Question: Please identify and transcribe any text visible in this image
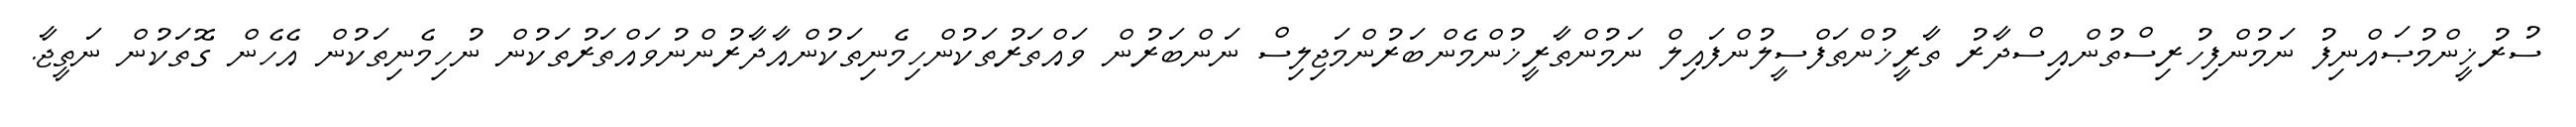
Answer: ސުރުޚީންމުޞައްނިފު ނަމުންފިހުރިސްތުންއިސްދާރު ތާރީޚުންތަފްސީލުންފައިލް ނަމުންތާރީޚުންމެންބަރުންމަޖިލިސް ނަންބަރުން ވައްތަރުތަކުންހިމެނިތަކުންއާދާރުންނުވައްތަރުތަކުން ނުހިމެނިތަކުން އެހެން ގޮތަކުން ނަތީޖާ.